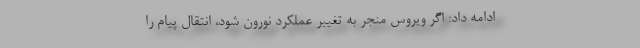
ادامه داد: اگر ویروس منجر به تغییر عملکرد نورون شود، انتقال پیام را